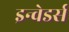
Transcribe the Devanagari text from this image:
इन्वेडर्स